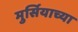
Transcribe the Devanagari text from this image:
मुर्सियाच्या